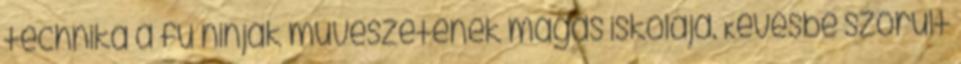
technika a fű ninják művészetének magas iskolája. Kevésbé szorult